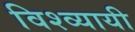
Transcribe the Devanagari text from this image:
विश्व्यायी